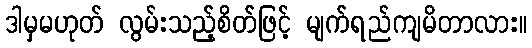
ဒါမှမဟုတ် လွမ်းသည့်စိတ်ဖြင့် မျက်ရည်ကျမိတာလား။